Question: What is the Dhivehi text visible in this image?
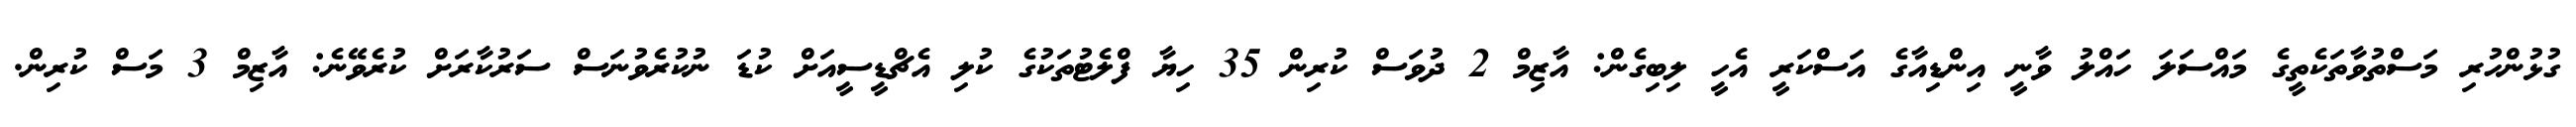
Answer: ގުޅުންހުރި މަސްތުވާތަކެތީގެ މައްސަލަ ހައްލު ވާނީ އިންޑިއާގެ އަސްކަރީ އެހީ ލިބިގެން: އާޒިމް 2 ދުވަސް ކުރިން 35 ހިޔާ ފްލެޓުތަކުގެ ކުލި އެޗްޑީސީއަށް ކުޑަ ނުކުރެވުނަސް ސަރުކާރަށް ކުރެވޭނެ: އާޒިމް 3 މަސް ކުރިން.